Vaccination United Provinces of Agra and Oudh 1923-1928 - 1923-1928
Year: 1923
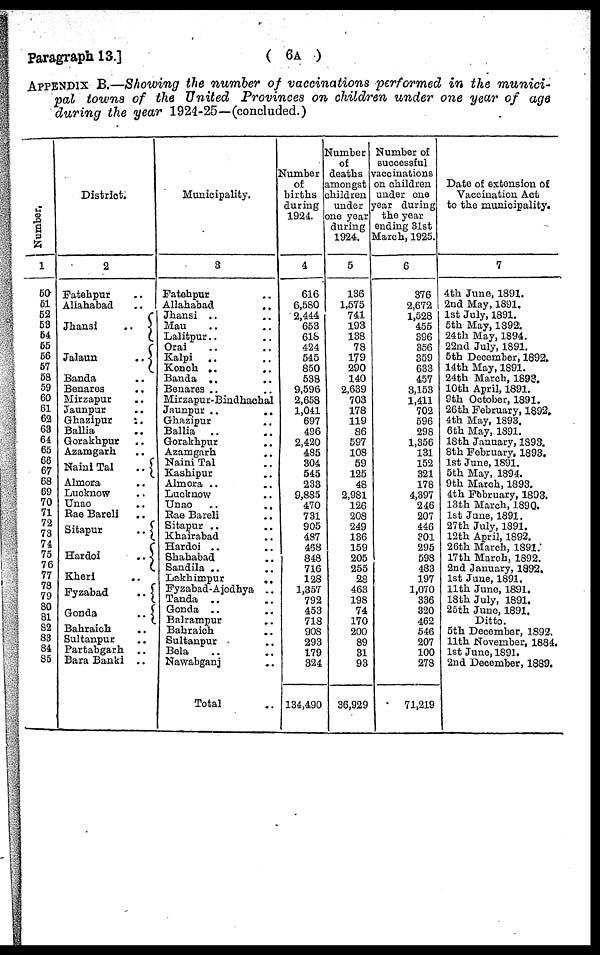
Paragraph 13.]
( 6A )
APPENDIX B.—Showing the number of vaccinations performed in the munici-
pal towns of the United Provinces on children under one year of age
during the year 1924-25—(concluded.)
Number.
1
50
51
52
53
54
55
56
57
58
59
60
61
62
63
64
65
66
67
68
69
70
71
72
73
74
75
76
77
78
79
80
81
82
83
84
85
District.
2
Fatehpur ..
Allahabad ..
Jhansi
..
Jalaun
..
Bands ..
Benares ..
Mirzapur ..
Jaunpur ..
Ghazipur
..
Ballia ..
Gorakhpur ..
Azamgarh ..
Naini Tal
..
Almora ..
Lucknow ..
Unao ..
Rae Bareli ..
Sitapur
..
Hardoi
..
Kheri ..
Fyzabad
..
Gonda
..
Bahraich ..
Sultanpur ..
Partabgarh
..
Bara Banki ..
Municipality.
3
Fatehpur ..
Allahabad
..
Jhansi .. ..
Mau .. ..
Lalitpur.. ..
Orai .. ..
Kalpi .. ..
Konch .. ..
Banda .. ..
Benares .. ..
Mirzapur-Bindhachal
Jaunpur .. ..
Ghazipur ..
Ballia .. ..
Gorakhpur ..
Azamgarh ..
Naini Tal ..
Kashipur ..
Almora .. ..
Lucknow ..
Unao .. ..
Rae Bareli ..
Sitapur .. ..
Khairabad ..
Hardoi ..
Shahabad ..
Sandila .. ..
Lakhimpur
..
Fyzabad-Ajodhya
..
Tanda .. ..
Gonda .. ..
Balrampur ..
Bahraich ..
Sultanpur ..
Bela .. ..
Nawabganj ..
Total ..
Number
of
births
during
1924.
4
616
6,580
2,444
653
618
424
545
850
538
9,596
2,658
1,041
697
496
2,420
485
304
545
233
9,885
470
731
905
487
468
848
716
128
1,357
792
453
718
908
293
179
324
134,490
Number
of
deaths
amongst
children
under
one year
during
1924.
5
136
1,575
741
193
138
78
179
290
140
2,639
703
178
119
86
597
108
59
125
48
2,981
126
208
249
136
159
205
255
28
463
198
74
170
200
89
31
93
36,929
Number of
successful
vaccinations
on children
under one
year during
the year
ending 31st
March, 1925.
6
376
2,672
1,528
455
396
356
359
633
457
3,153
1,411
702
596
298
1,356
131
152
321
178
4,397
246
207
446
301
295
598
483
197
1,070
336
320
462
546
207
100
278
71,219
Date of extension of
Vaccination Act
to the municipality.
7
4th June, 1891.
2nd May, 1891.
1st July, 1891.
5th May, 1892
24th May, 1894.
22nd July, 1891.
5th December, 1892.
14th May, 1891.
24th March, 1893.
10th April, 1891.
9th October, 1891.
26th February, 1892.
4th May, 1893.
6th May, 1891.
18th January, 1893.
8th February, 1893.
1st June, 1891.
5th May, 1894.
9th March, 1893.
4th February, 1893.
13th March, 1890.
1st June, 1891.
27th July, 1891.
12th April, 1892.
26th March, 1891.
17th March, 1892.
2nd January, 1892.
1st June, 1891.
11th June, 1891.
18th July, 1891.
25th June, 1891.
Ditto.
5th December, 1892.
11th November, 1884.
1st June, 1891.
2nd December, 1889.